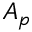
A _ { p }